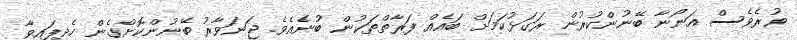
ވުރެވެސް އަނޯނާ ބޭނުންކުރުން ރަގަޅުކަމަށް ބައެއް ފަރާތްތަކުން ބުނެއެވެ. ޖަނަވާރު ބޭނުންކޮށްގެން ހެދިފައިވާ